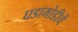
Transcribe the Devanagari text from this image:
घडामोडीचें